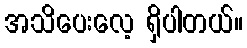
အသိပေးလေ့ ရှိပါတယ်။